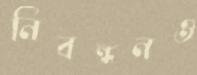
নিবন্ধনও